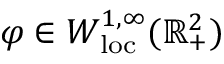
\varphi \in W _ { \mathrm { l o c } } ^ { 1 , \infty } ( \mathbb { R } _ { + } ^ { 2 } )